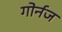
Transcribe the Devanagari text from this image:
गोर्नज